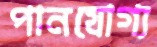
পানযোগ্য